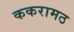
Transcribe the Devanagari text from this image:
ककरामठ